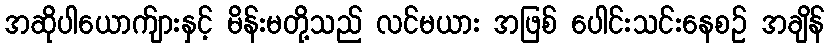
အဆိုပါယောက်ျားနှင့် မိန်းမတို့သည် လင်မယား အဖြစ် ပေါင်းသင်းနေစဉ် အချိန်